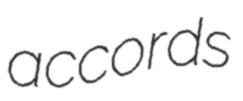
accords